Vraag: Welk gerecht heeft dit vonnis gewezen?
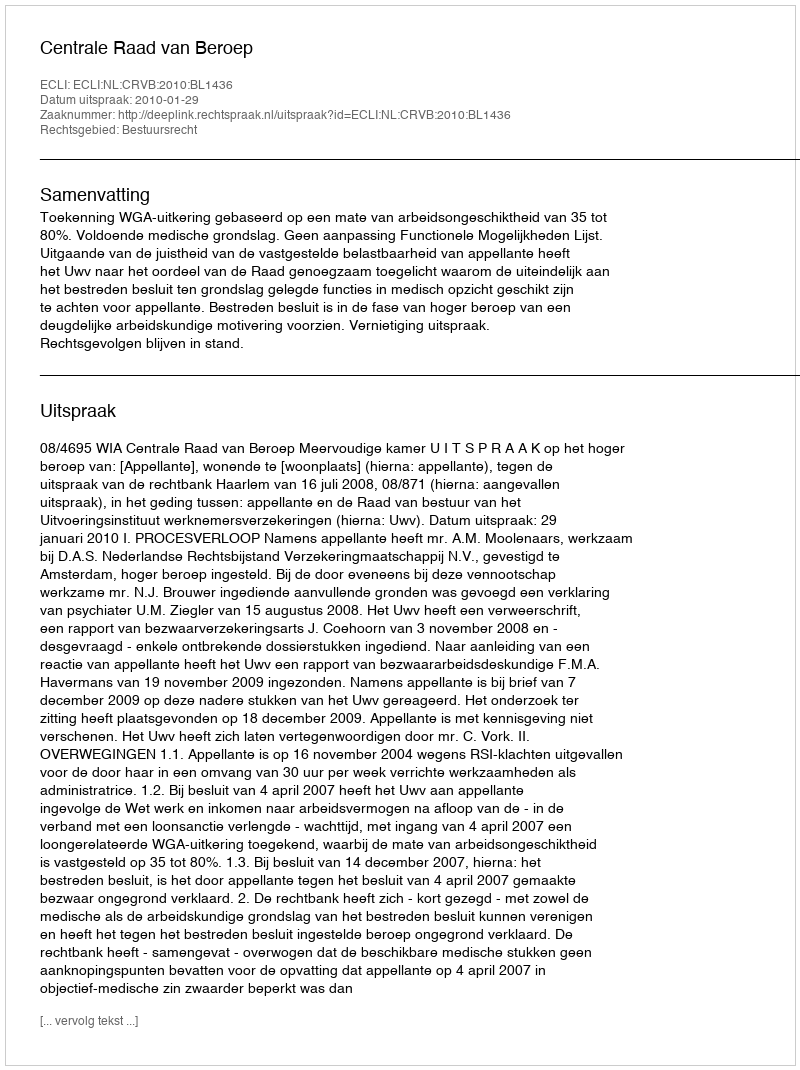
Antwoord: Centrale Raad van Beroep